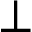
\bot